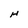
Character: H